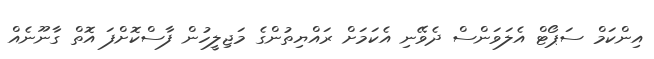
އިންކަމް ސަޕޯޓް އެލަވަންސް ދެވޭނި އެކަމަށް ރައްޔިތުންގެ މަޖިލީހުން ފާސްކޮށްފަ އޮތް ގާނޫނެއް